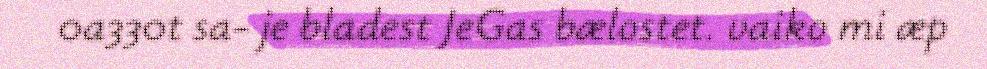
0a330t sa- je bladest JeGas bælostet. vaiko mi æp